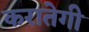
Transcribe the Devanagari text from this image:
करातेगी